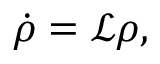
\dot { \rho } = \mathcal { L } \rho ,